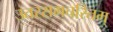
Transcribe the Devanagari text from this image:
उतररामचरितम्‌